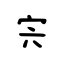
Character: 宍